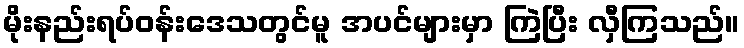
မိုးနည်းရပ်ဝန်းဒေသတွင်မူ အပင်များမှာ ကြဲပြီး လှီကြသည်။